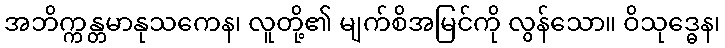
အဘိက္ကန္တမာနုသကေန၊ လူတို့၏ မျက်စိအမြင်ကို လွန်သော။ ဝိသုဒ္ဓေန၊